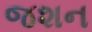
જશન